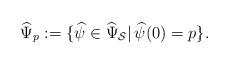
LaTeX: \begin{align*}\widehat\Psi_p:=\{\widehat\psi\in\widehat\Psi_\mathcal S|\,\widehat\psi(0)=p\}.\end{align*}